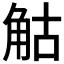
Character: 𧣗